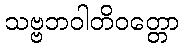
သဗ္ဗဘဝါတိဝတ္တော